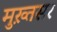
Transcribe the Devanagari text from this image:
मुख़्तसर